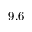
9 . 6